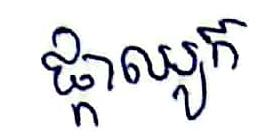
ផ្កាឈូក